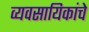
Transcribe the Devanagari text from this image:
व्यवसायिकांचे